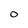
Character: 0